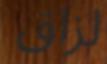
لزاق